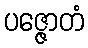
ပဇ္ဇောတံ